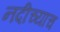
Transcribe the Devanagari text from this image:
नदीच्याच